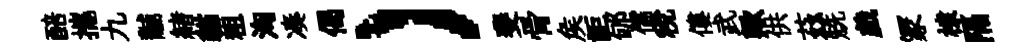
醅攜九黼緖貓粗洶凑偈）斐骨矦詎郇儒稅僂武歟供茲兟戯冡棣隔